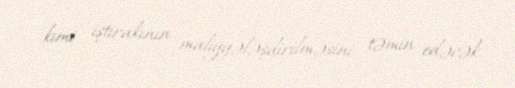
kimi iştirakının maliyyələşdirilməsini təmin edəcək.